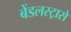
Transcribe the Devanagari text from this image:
बेंडलस्ट्रासे